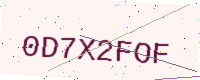
Text: 0D7X2FOF